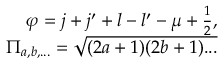
\begin{array} { r } { \varphi = { j + j ^ { \prime } + l - l ^ { \prime } - \mu + \frac 1 2 } , } \\ { \Pi _ { a , b , . . . } = \sqrt { ( 2 a + 1 ) ( 2 b + 1 ) . . . } } \end{array}